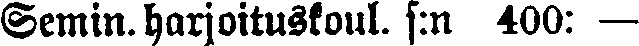
Semin. harjoituskoul. s:n 400: —